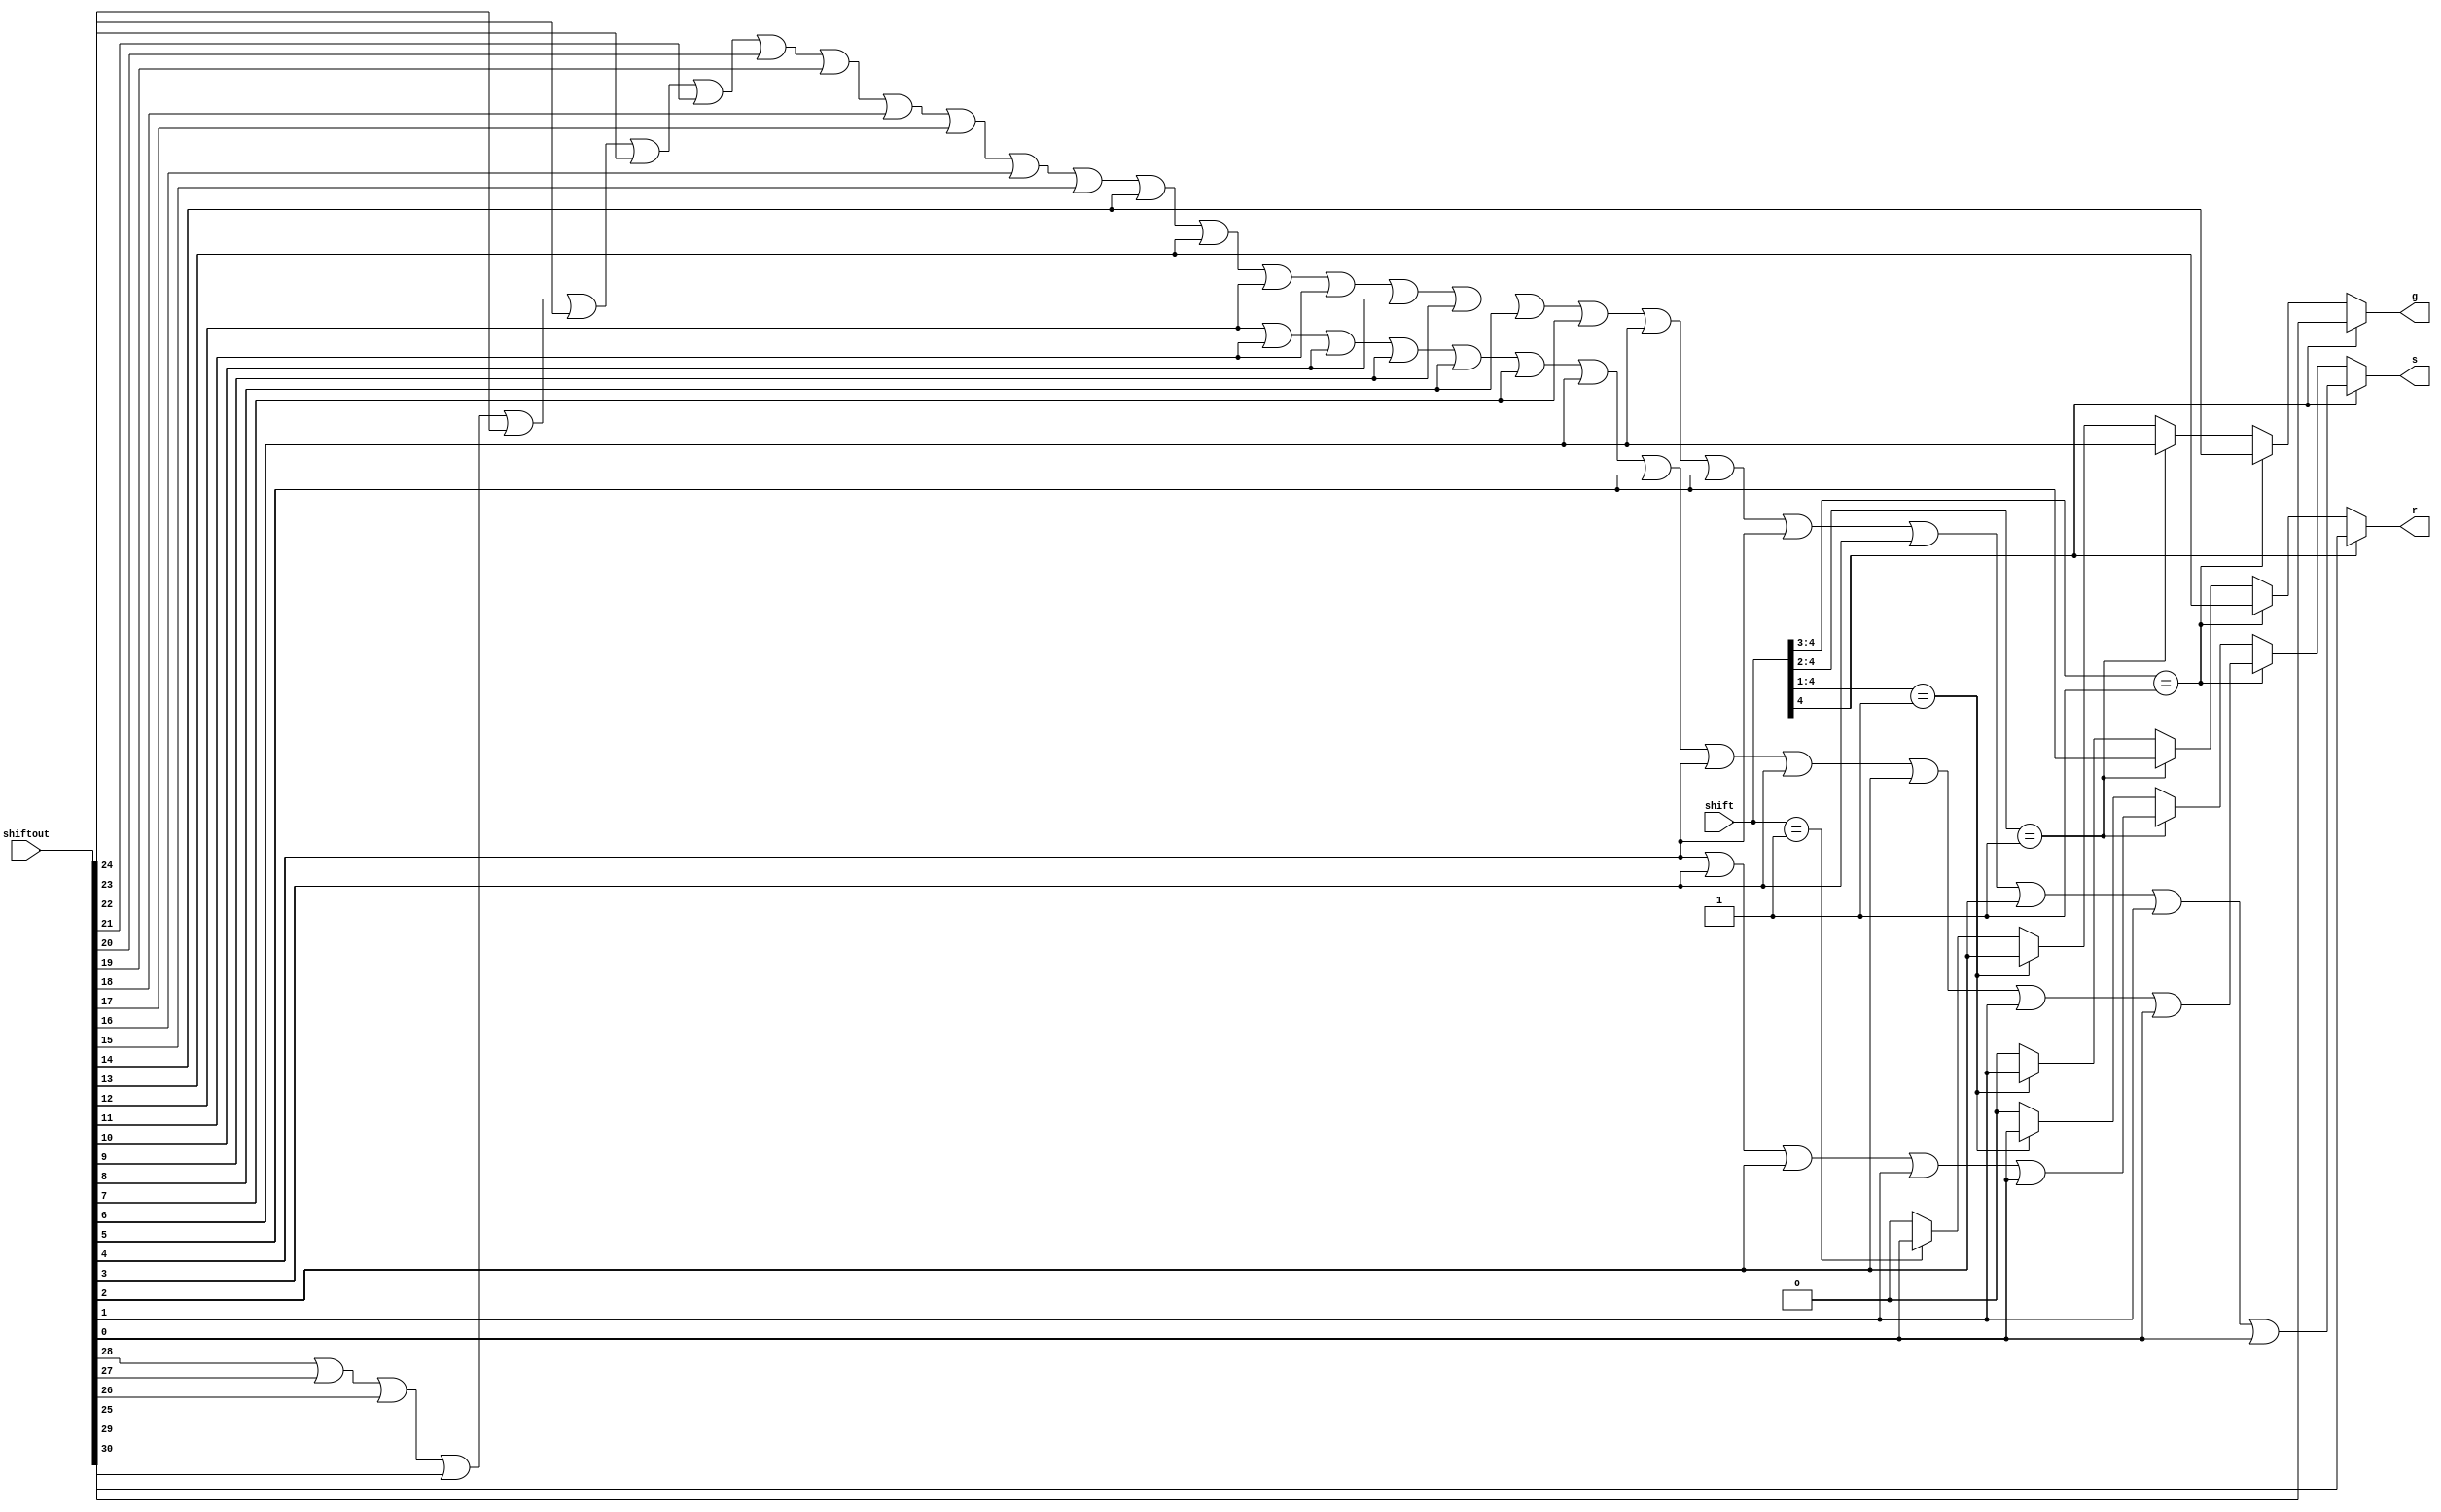
module FindGRS(
  output reg g,r,s,
  input [4:0] shift,
  input [30:0] shiftout);
  
  integer i;

always@(*)
begin
  if(shift[4]==1'b1)
  begin
    g=shiftout[30];
    r=shiftout[29];
    s=1'b0;
    for(i=28;i>=0;i=i-1)
      s=s||shiftout[i];
  end
  else if(shift[4:3]==2'b01)
  begin
    g=shiftout[14];
    r=shiftout[13];
    s=1'b0;
    for(i=12;i>=0;i=i-1)
      s=s||shiftout[i];
  end
  else if(shift[4:2]==3'b001)
  begin
    g=shiftout[6];
    r=shiftout[5];
    s=1'b0;
    for(i=4;i>=0;i=i-1)
      s=s||shiftout[i];
  end
  else if(shift[4:1]==4'b0001)
  begin
    g=shiftout[2];
    r=shiftout[1];
    s=shiftout[0];
  end
  else if(shift[4:0]==5'b00001)
  begin
    g=shiftout[0];
    r=1'b0;
    s=1'b0;
  end
  else if(shift[4:0]==5'b00000)
  begin
    g=1'b0;
    r=1'b0;
    s=1'b0;
  end
  else 
  begin
    g=1'b0;
    r=1'b0;
    s=1'b0;
  end
end

endmodule